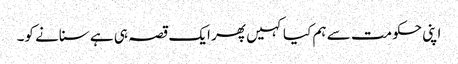
اپنی حکومت سے ہم کیا کہیں پھر ایک قصہ ہی ہے سنانے کو۔